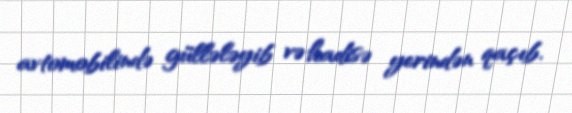
avtomobilində güllələyib və hadisə yerindən qaçıb.